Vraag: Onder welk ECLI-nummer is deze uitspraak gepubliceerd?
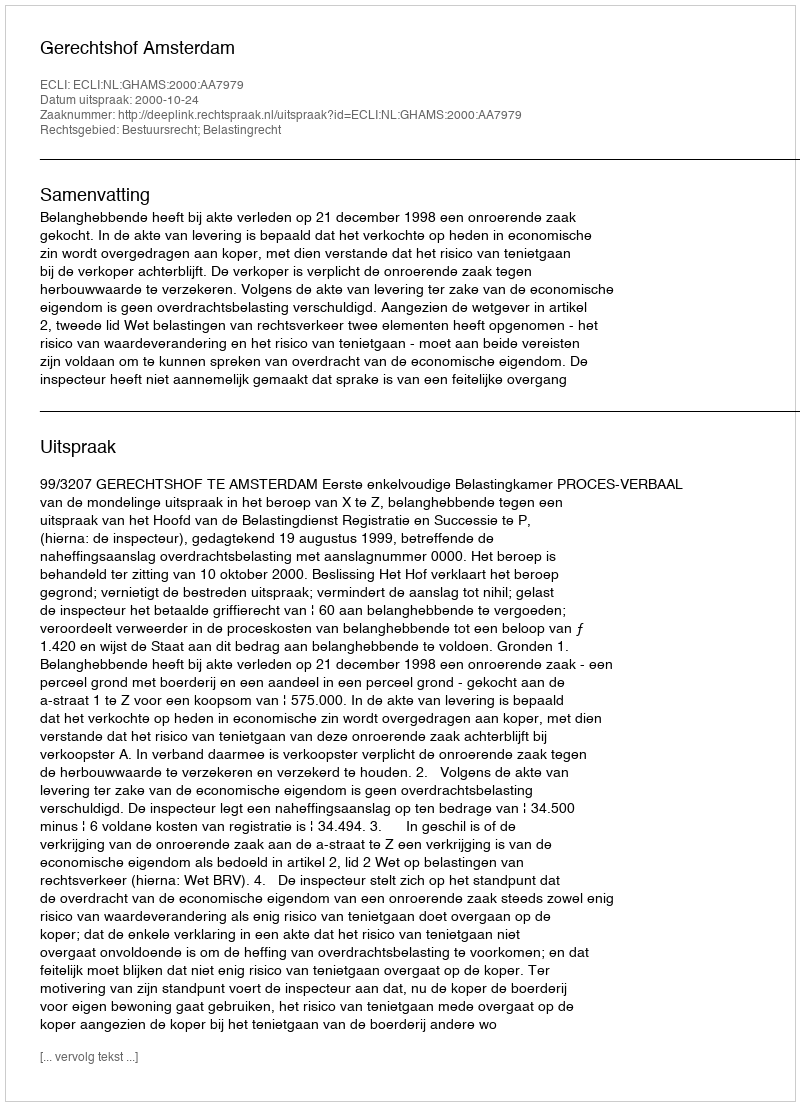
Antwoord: ECLI:NL:GHAMS:2000:AA7979